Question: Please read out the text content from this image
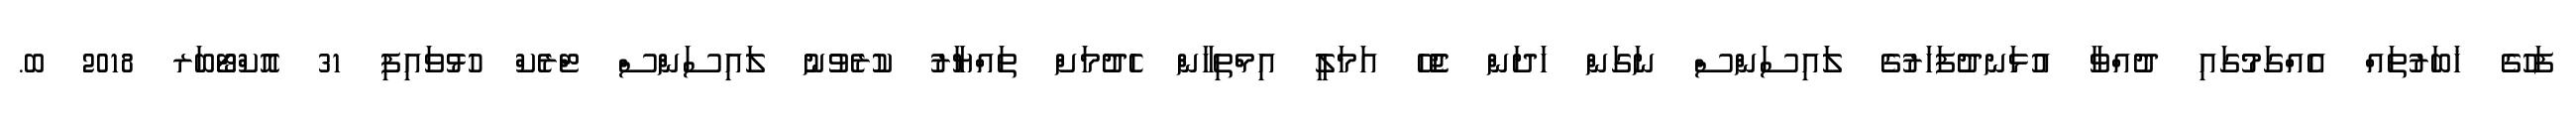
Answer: ފަހުގެ ޚަބަރުތައް އެއްގަމުގައި ދުއްވާ އުޅަނދުފަހަރުގެ ލައިސަންސް ނަގަން ހަދަން ޖެހޭ އަމަލީ އިމްތިހާން ހެދުމަށް ތައްޔާރު ކުރެވުނު ލައިސަންސް ޓްރެކް ހުޅުވައިފި 31 އޮކްޓޯބަރ 2018 ބ.